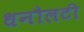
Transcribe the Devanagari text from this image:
धनौलटी